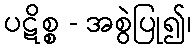
ပဋိစ္စ - အစွဲပြု၍၊